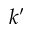
k ^ { \prime }